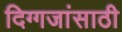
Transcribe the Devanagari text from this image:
दिग्गजांसाठी